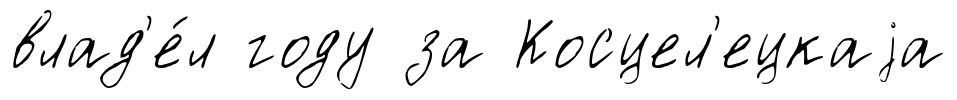
влад'е́л году за Косцел'ецкаjа